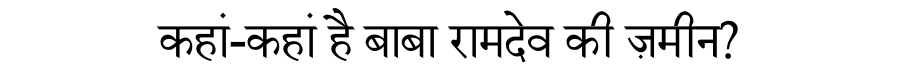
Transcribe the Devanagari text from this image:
कहां-कहां है बाबा रामदेव की ज़मीन?